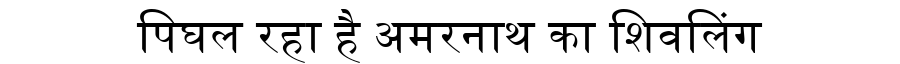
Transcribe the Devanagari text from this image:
पिघल रहा है अमरनाथ का शिवलिंग